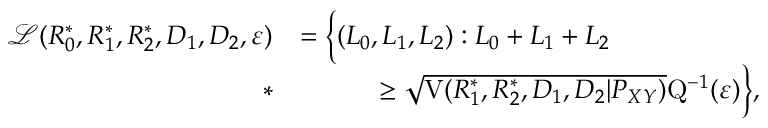
\begin{array} { r l } { \mathcal { L } ( R _ { 0 } ^ { * } , R _ { 1 } ^ { * } , R _ { 2 } ^ { * } , D _ { 1 } , D _ { 2 } , \varepsilon ) } & { = \Big \{ ( L _ { 0 } , L _ { 1 } , L _ { 2 } ) : L _ { 0 } + L _ { 1 } + L _ { 2 } } \\ { * } & { \qquad \quad \geq \sqrt { \mathrm { V } ( R _ { 1 } ^ { * } , R _ { 2 } ^ { * } , D _ { 1 } , D _ { 2 } | P _ { X Y } ) } \mathrm { Q } ^ { - 1 } ( \varepsilon ) \Big \} , } \end{array}